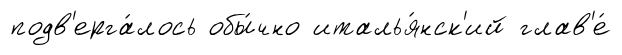
подв'ерга́лось обы́чно италья́нск'ий глав'е́